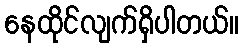
နေထိုင်လျက်ရှိပါတယ်။